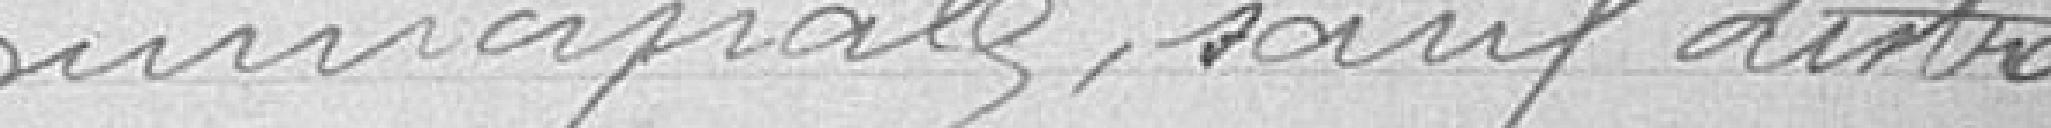
municipale, sauf distrac